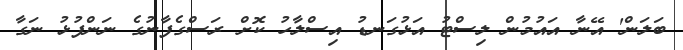
ބަލަން' އޭނާ އައުމުން ލިސްޓު އަޅުގަނޑު އިސްލާހު ކޮށް ރަސްގެފާނުގެ ނަންފުޅު ނަގާ